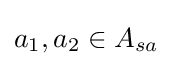
a_{1},a_{2}\in A_{sa}